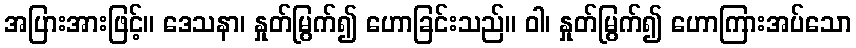
အပြားအားဖြင့်။ ဒေသနာ၊ နှုတ်မြွက်၍ ဟောခြင်းသည်။ ဝါ၊ နှုတ်မြွက်၍ ဟောကြားအပ်သော